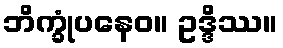
ဘိက္ခုံပနေဝ။ ဥဒ္ဒိဿ။